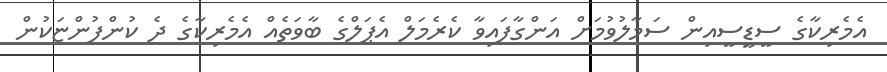
އެމެރިކާގެ ސީޑީސީއިން ސަމާލުވުމަށް އަންގާފައިވާ ކެރެމަލް އެޕަލްގެ ބާވަތެއް އެމެރިކާގެ ދެ ކުންފުންޏަކުން